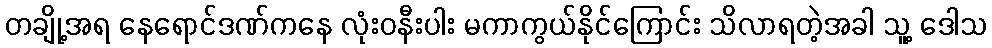
တချို့အရ နေရောင်ဒဏ်ကနေ လုံးဝနီးပါး မကာကွယ်နိုင်ကြောင်း သိလာရတဲ့အခါ သူ့ ဒေါသ